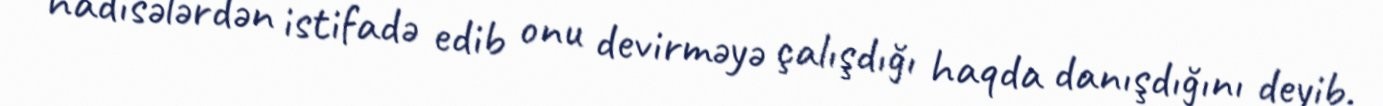
hadisələrdən istifadə edib onu devirməyə çalışdığı haqda danışdığını deyib.